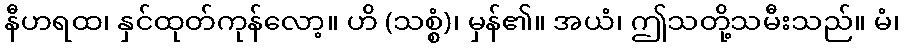
နီဟရထ၊ နှင်ထုတ်ကုန်လော့။ ဟိ (သစ္စံ)၊ မှန်၏။ အယံ၊ ဤသတို့သမီးသည်။ မံ၊